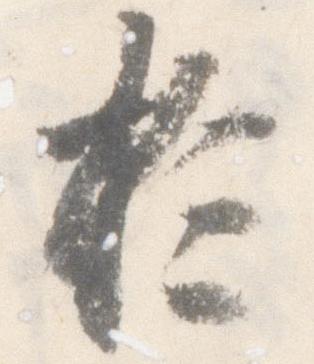
於